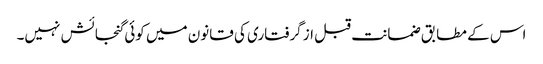
اس کے مطابق ضمانت قبل از گرفتاری کی قانون میں کوئی گنجائش نہیں۔